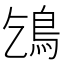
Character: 𩾥